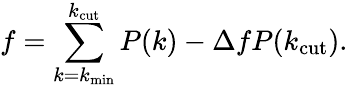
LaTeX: f=\sum_{k=k_{\mathrm{min}}}^{k_{\mathrm{cut}}}P(k)-\Delta fP(k_{\mathrm{cut}}).